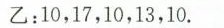
乙：10，17，10，13，10.